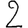
Digit: 2